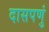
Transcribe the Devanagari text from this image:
दासपणुं